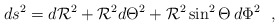
\begin{align*}ds^2 = d{{\cal R}}^2 + {{\cal R}}^2 d{\Theta}^2 +{{\cal R}}^2\sin ^2 \Theta \, d\Phi^2 \ \ ,\end{align*}